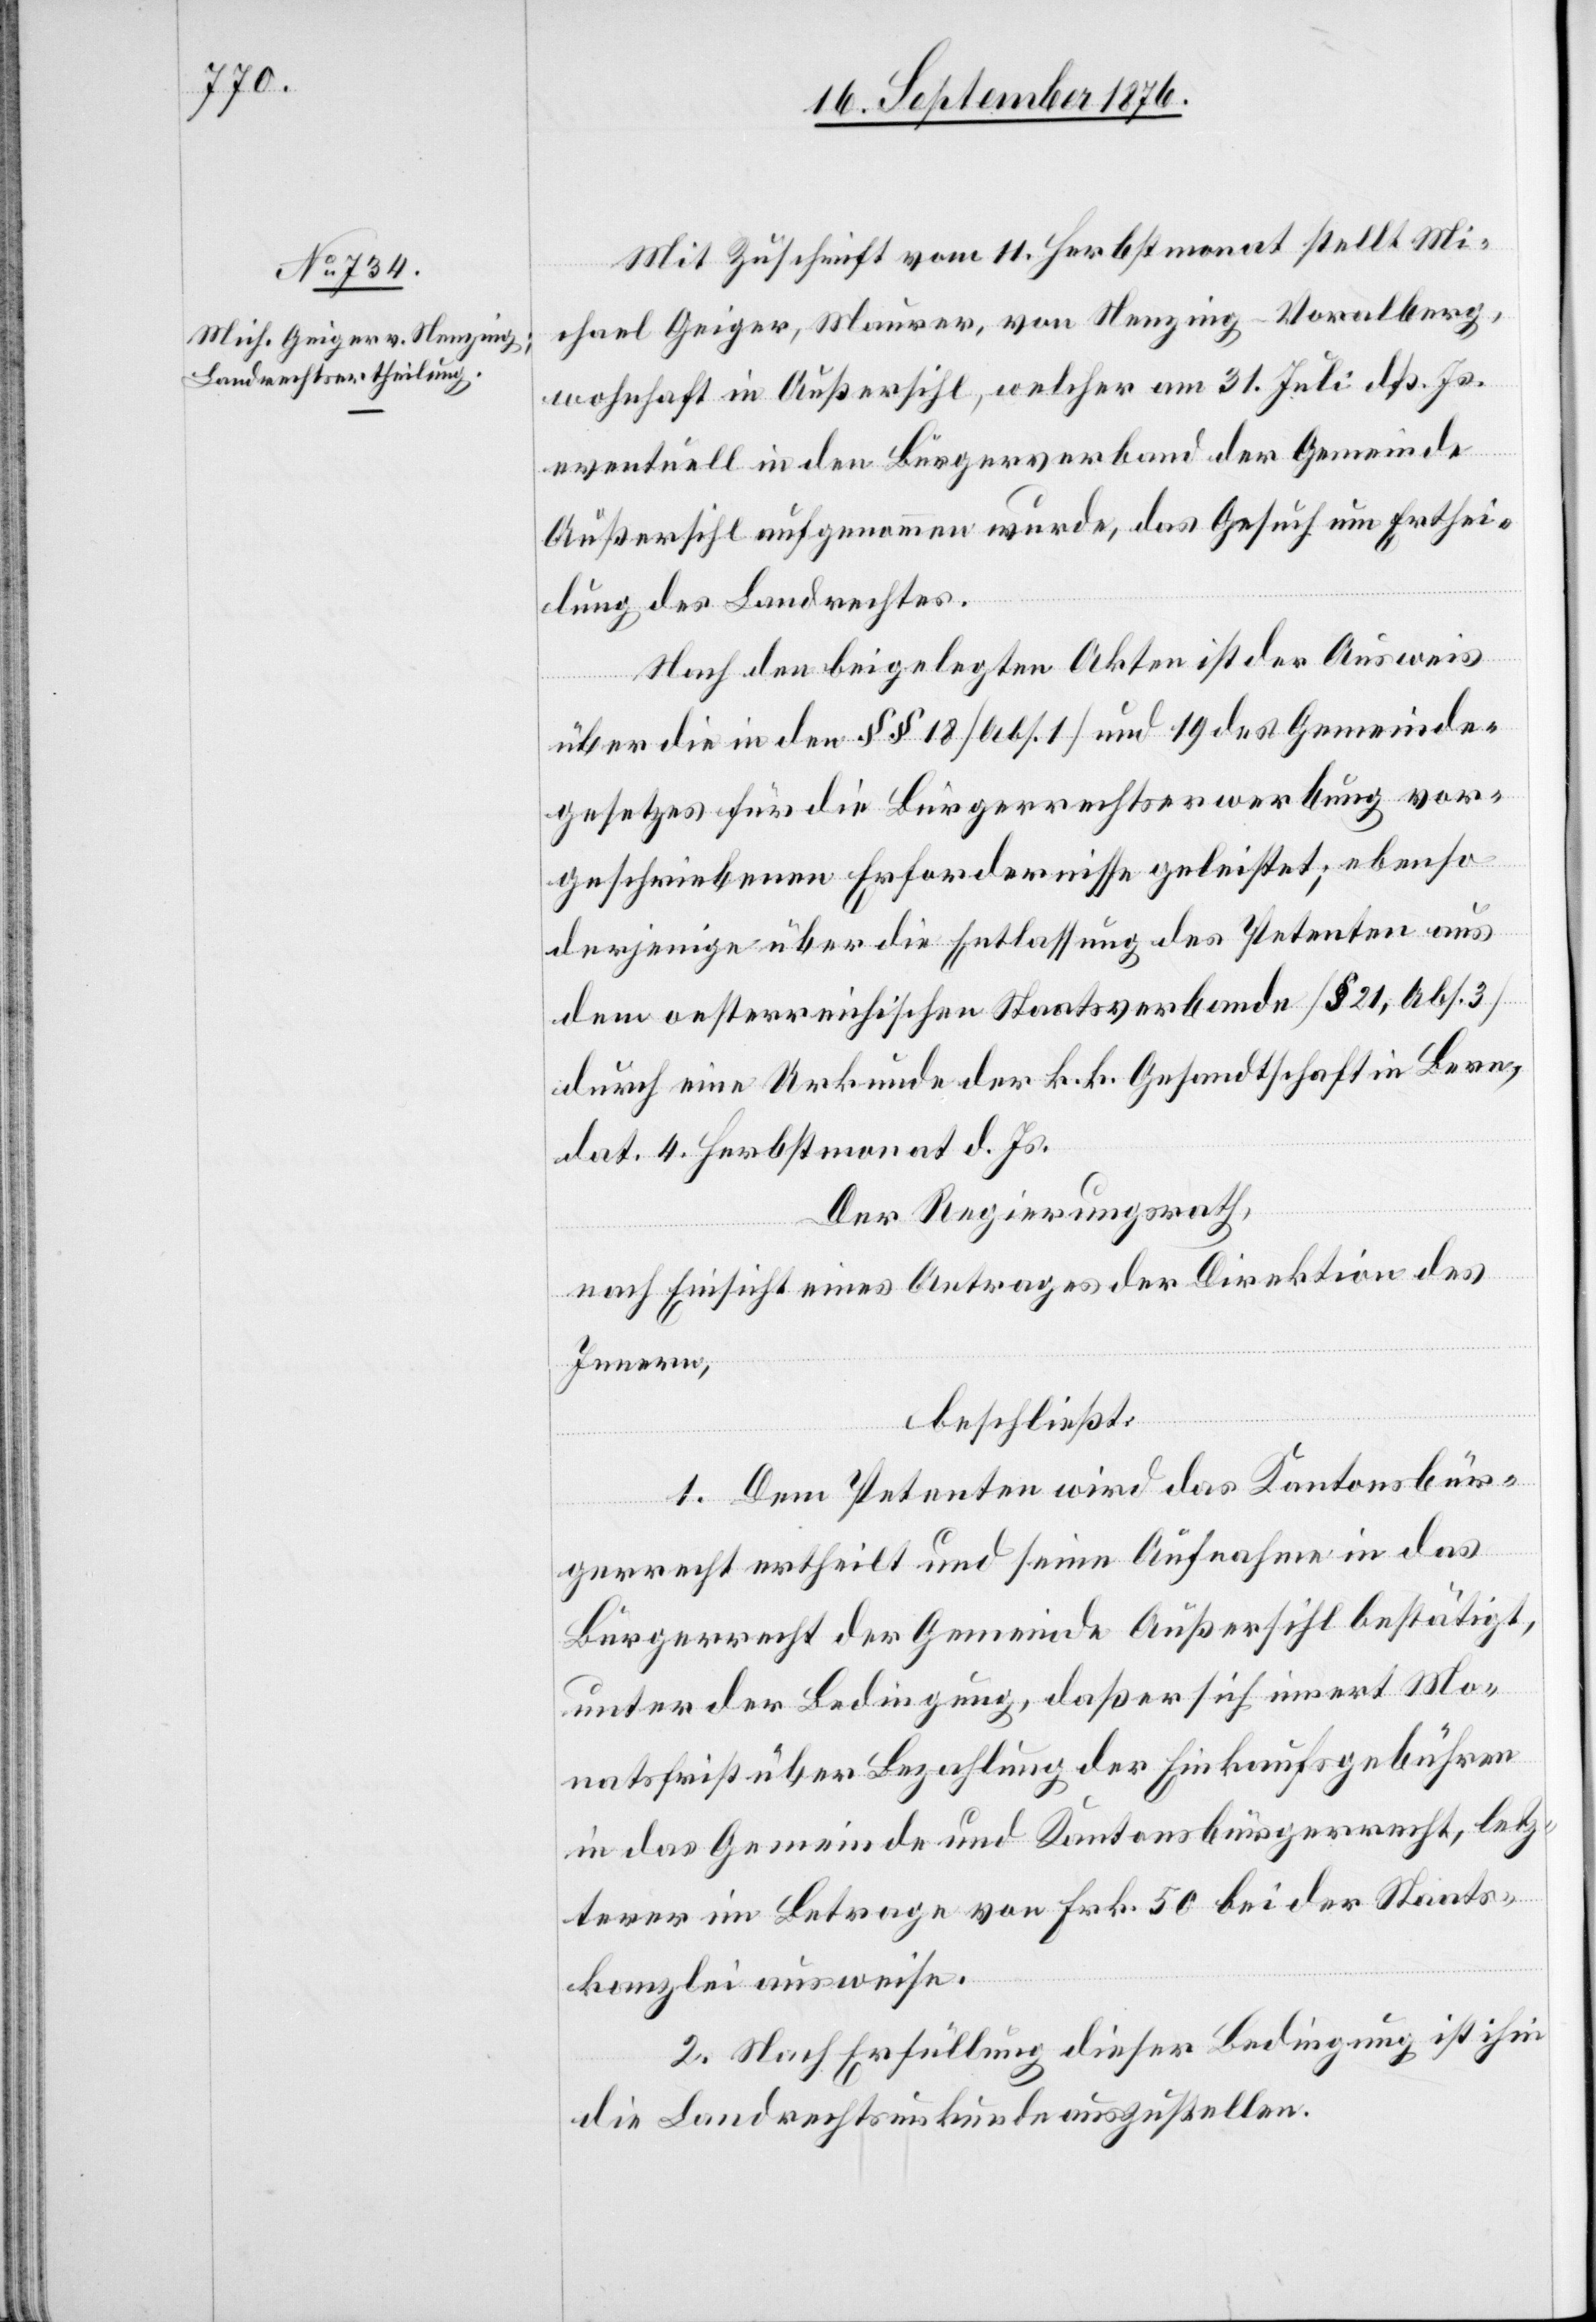
Mit Zuschrift vom 11. Herbstmonat stellt Mi¬
chael Geiger, Maurer, von Nenzing - Vorarlberg,
wohnhaft in Außersihl, welcher am 31. Juli d. Js.
eventuell in den Bürgerverband der Gemeinde
Außersihl aufgenommen wurde, das Gesuch um Erthei¬
lung des Landrechtes.
Nach den beigelegten Akten ist der Ausweis
über die in den §§ 18 [Abs. 1] und 19 des Gemeinde¬
gesetzes für die Bürgerrechtserwerbung vor¬
geschriebenen Erfordernisse geleistet; ebenso
derjenige über die Entlassung des Petenten aus
dem oesterreichischen Staatsverbande [§ 21, Abs. 3]
durch eine Urkunde der k. k. Gesandtschaft in Bern,
dat. 4. Herbstmonat d. Js.
Der Regierungsrath,
nach Einsicht eines Antrages der Direktion des
Innern,
beschließt:
1. Dem Petenten wird das Kantonsbür¬
gerrecht ertheilt und seine Aufnahme in das
Bürgerrecht der Gemeinde Außersihl bestätigt,
unter der Bedingung, daß er sich innert Mo¬
natsfrist über Bezahlung der Einkaufsgebühren
in das Gemeinde- und Kantonsbürgerrecht, letz¬
terer im Betrage von Frk. 50 bei der Staats¬
kanzlei ausweise.
2. Nach Erfüllung dieser Bedingung ist ihm
die Landrechtsurkunde auszustellen.